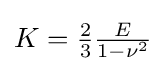
{\textstyle K={\frac {2}{3}}{\frac {E}{1-\nu ^{2}}}}